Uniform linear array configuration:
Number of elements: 64
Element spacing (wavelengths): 0.25
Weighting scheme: blackman
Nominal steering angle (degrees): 60
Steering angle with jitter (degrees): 58.493
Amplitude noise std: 0.05
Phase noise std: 0.05

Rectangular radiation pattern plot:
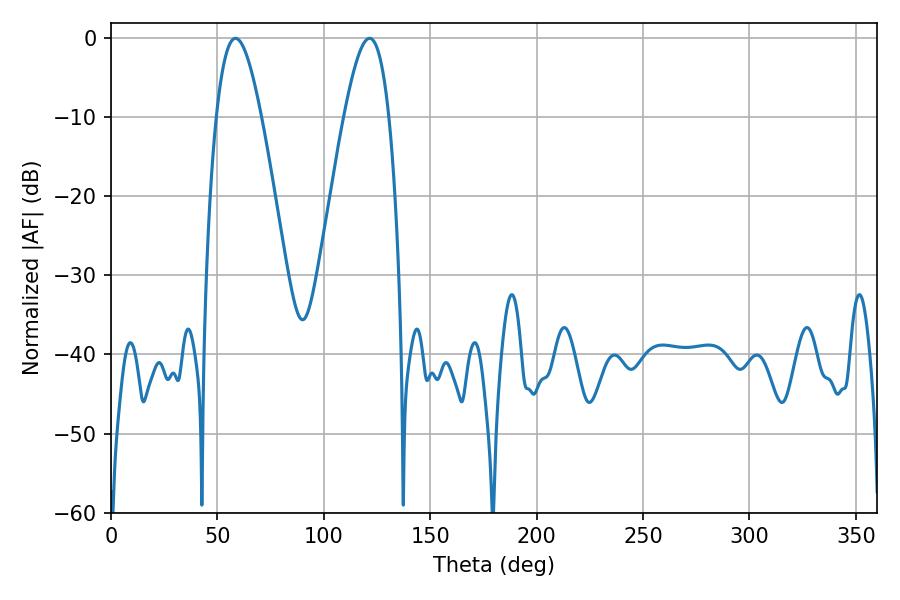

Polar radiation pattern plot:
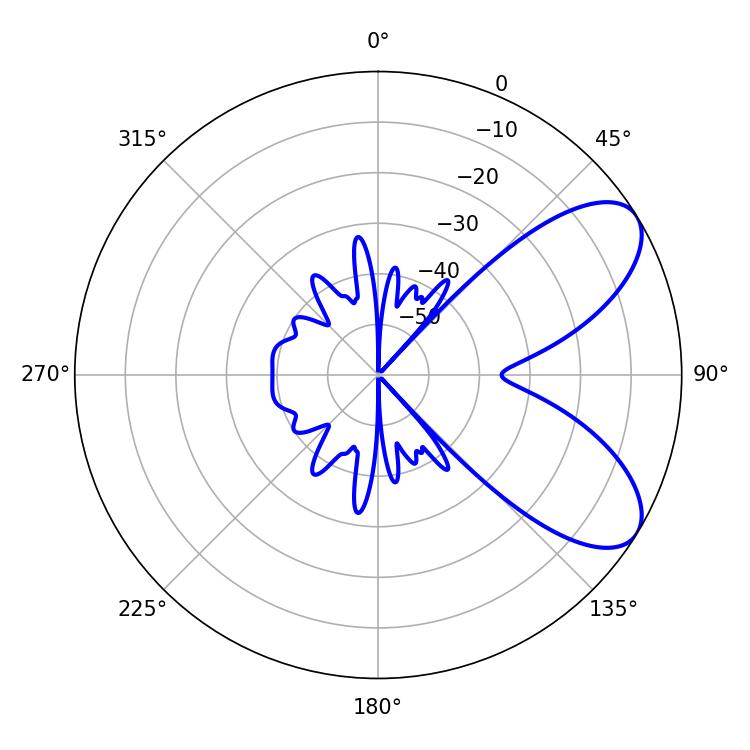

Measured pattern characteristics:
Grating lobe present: FALSE
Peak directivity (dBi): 7.308
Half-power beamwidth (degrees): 11.34
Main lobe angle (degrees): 58.5